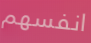
انفسهم